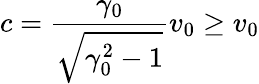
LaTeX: \displaystyle c=\frac{\gamma_{0}}{\sqrt{\gamma_{0}^{2}-1}}v_{0}\ge v_{0}